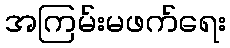
အကြမ်းမဖက်ရေး